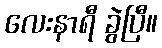
လေးနာရီ ခွဲပြီ။